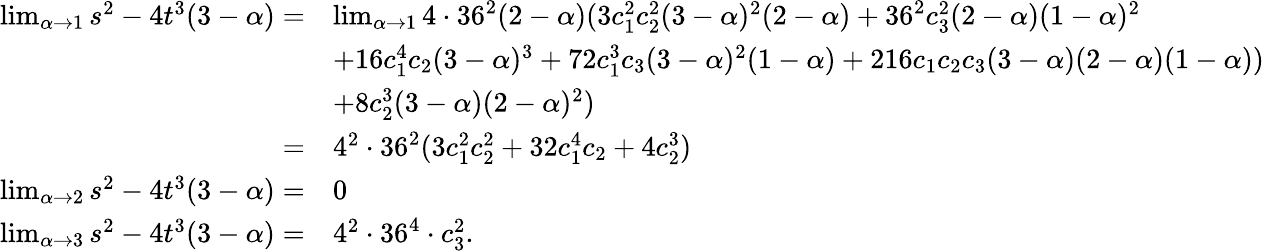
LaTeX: \begin{array}{rl}{\operatorname*{lim}_{\alpha\to 1}s^{2}-4t^{3}(3-\alpha)=}&{\operatorname*{lim}_{\alpha\to 1}4\cdot 36^{2}(2-\alpha)(3c_{1}^{2}c_{2}^{2}(3-\alpha)^{2}(2-\alpha)+36^{2}c_{3}^{2}(2-\alpha)(1-\alpha)^{2}}\\ &{+16c_{1}^{4}c_{2}(3-\alpha)^{3}+72c_{1}^{3}c_{3}(3-\alpha)^{2}(1-\alpha)+216c_{1}c_{2}c_{3}(3-\alpha)(2-\alpha)(1-\alpha))}\\ &{+8c_{2}^{3}(3-\alpha)(2-\alpha)^{2})}\\ {=}&{4^{2}\cdot 36^{2}(3c_{1}^{2}c_{2}^{2}+32c_{1}^{4}c_{2}+4c_{2}^{3})}\\ {\operatorname*{lim}_{\alpha\to 2}s^{2}-4t^{3}(3-\alpha)=}&{0}\\ {\operatorname*{lim}_{\alpha\to 3}s^{2}-4t^{3}(3-\alpha)=}&{4^{2}\cdot 36^{4}\cdot c_{3}^{2}.}\end{array}